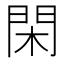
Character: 閑